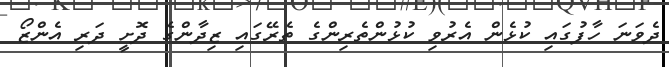
ދެވަނަ ހާފުގައި ކުޅެން އެރުވި ކުޅުންތެރިންގެ ތެރޭގައި ޒިދާންގެ ދޮށީ ދަރި އެންޒޯ